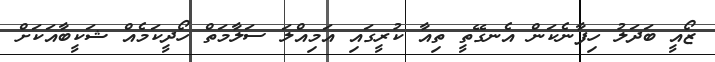
ޒޯއީ ބަދަލު ހިފާނެކަން އެނގޭތީ ތިއާ ކުރީގައި އަމިއްލަ ސަލާމަތް ހޯދީކަމެއް ޝަކީބާއަކަށް